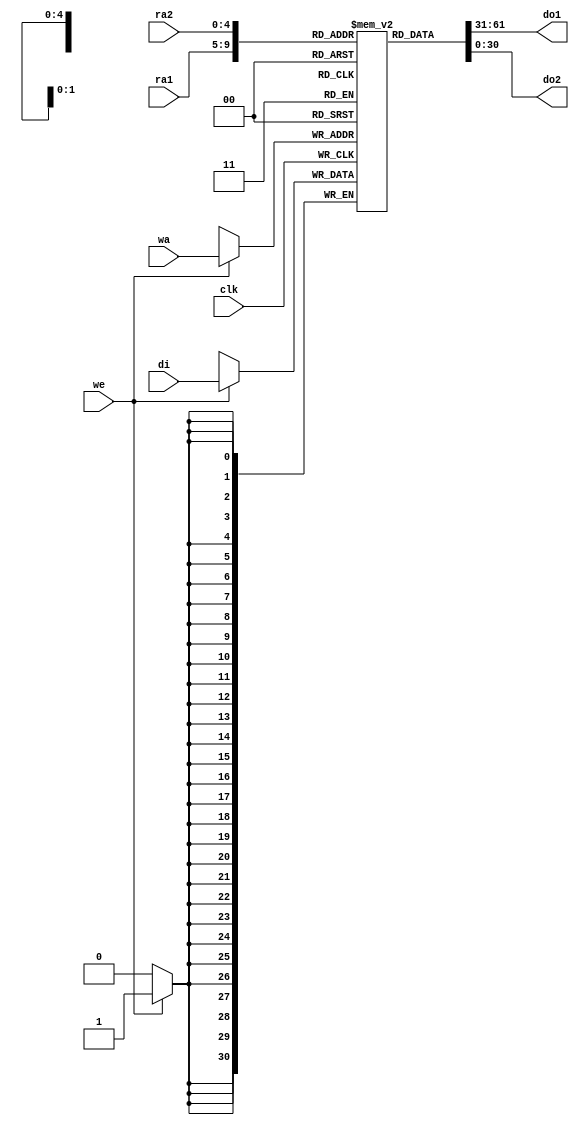
module MP_rf_LUT_RAM (
                      clk,
                      we,
                      wa, 
                      ra1, 
                      ra2, 
                      di, 
                      do1, 
                      do2);
parameter   depth=31;
parameter   width=31;
parameter   addr_width=5;
input clk;
input we;
input [addr_width-1:0] wa;
input [addr_width-1:0] ra1;
input [addr_width-1:0] ra2;
input [width-1:0] di;
output [width-1:0] do1;
output [width-1:0] do2;
reg [width-1:0] ram [depth-1:0];
always @(posedge clk)
begin
if (we)
ram[wa] <= di;
end
assign do1 = ram[ra1];        //Multiple reference to
assign do2 = ram[ra2];        //same array.
endmodule